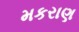
મકરાણ